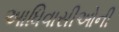
આધિવાસીઓની